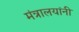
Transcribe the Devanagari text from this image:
मंत्रालयांनी